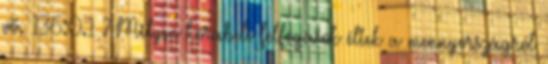
vö. 136:0.1 ? Milyen korabeli felfogások éltek a mennyországról